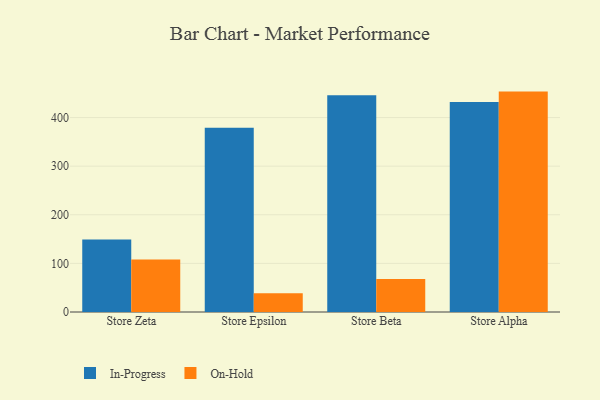
{"axis": {"x": "Store", "y": "Backlog"}, "legend": ["In-Progress", "On-Hold"], "data": [{"x": "Store Zeta", "y": 149.3, "type": "In-Progress"}, {"x": "Store Zeta", "y": 108.0, "type": "On-Hold"}, {"x": "Store Epsilon", "y": 379.0, "type": "In-Progress"}, {"x": "Store Epsilon", "y": 38.7, "type": "On-Hold"}, {"x": "Store Beta", "y": 446.0, "type": "In-Progress"}, {"x": "Store Beta", "y": 68.1, "type": "On-Hold"}, {"x": "Store Alpha", "y": 432.0, "type": "In-Progress"}, {"x": "Store Alpha", "y": 453.4, "type": "On-Hold"}]}